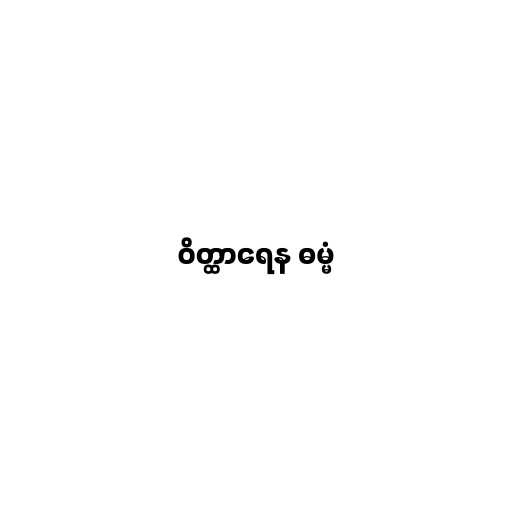
ဝိတ္ထာရေန ဓမ္မံ